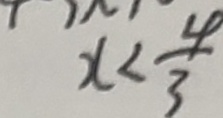
x < \frac { 4 } { 3 }